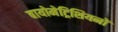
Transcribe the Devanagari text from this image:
बायोमेट्रिशियनों